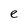
Character: e